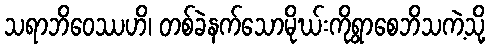
သရာဘိဝေဿဟိ၊ တစ်ခဲနက်သောမိုဃ်းကိုရွာစေဘိသကဲ့သို့